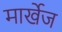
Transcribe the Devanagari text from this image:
मार्खेज